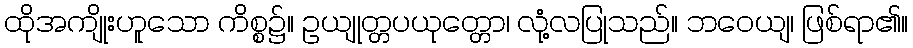
ထိုအကျိုးဟူသော ကိစ္စ၌။ ဥယျုတ္တပယုတ္တော၊ လုံ့လပြုသည်။ ဘဝေယျ၊ ဖြစ်ရာ၏။